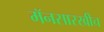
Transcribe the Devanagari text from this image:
मॅनसारखीच